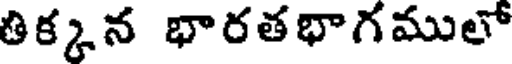
తిక్కన భారతభాగములో